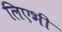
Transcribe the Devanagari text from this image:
लिएभी